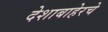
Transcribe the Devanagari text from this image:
देशाबाहेरचे